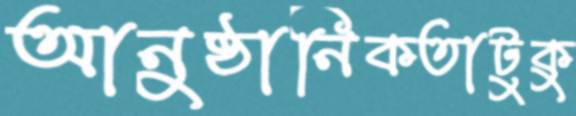
আনুষ্ঠানিকতাটুকু